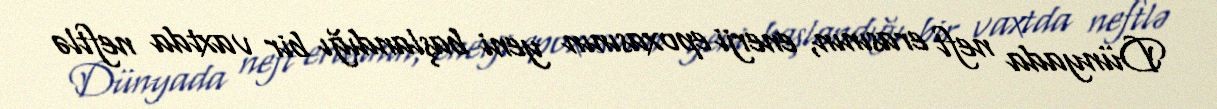
Dünyada neft erasının, enerji epoxasının yeni başlandığı bir vaxtda neftlə